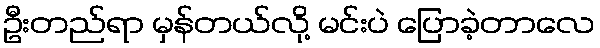
ဦးတည်ရာ မှန်တယ်လို့ မင်းပဲ ပြောခဲ့တာလေ